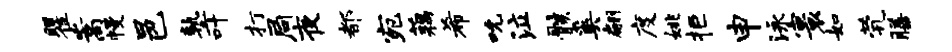
瞿嵩幔邑塾叶打局夜都宛藕希吮泣骸奚翩度姚拒申泳寰如茕膳